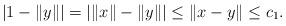
LaTeX: \begin{align*} |1 - \|y\|| = |\|x\| - \|y\|| \leq \|x - y \| \leq c_1. \end{align*}